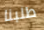
طلبنا